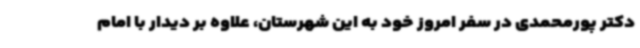
دکتر پورمحمدی در سفر امروز خود به این شهرستان، علاوه بر دیدار با امام